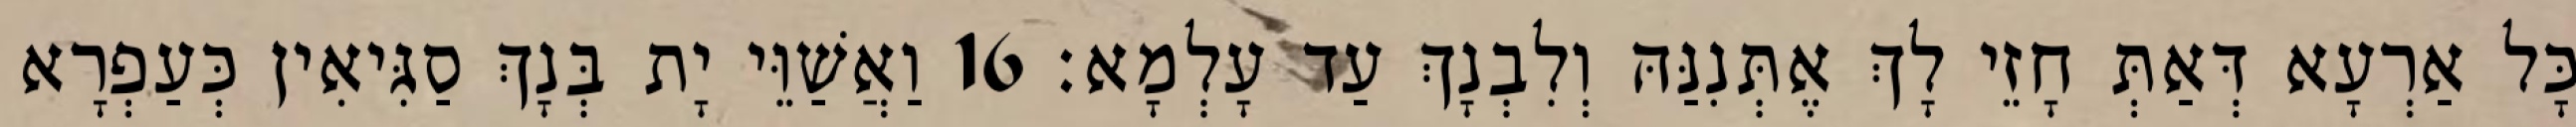
כָּל אַרְעָא דְּאַתְּ חָזֵי לָךְ אֶתְּנִנַּהּ וְלִבְנָךְ עַד עָלְמָא׃ 16 וַאֲשַׁוֵּי יָת בְּנָךְ סַגִּיאִין כְּעַפְרָא